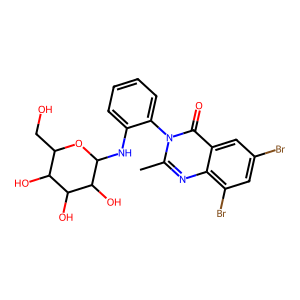
SMILES: Cc1nc2c(Br)cc(Br)cc2c(=O)n1-c1ccccc1NC1OC(CO)C(O)C(O)C1O
Inhibits HIV replication: No